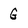
Character: G